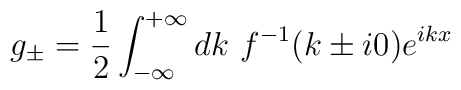
g_{\pm}=\frac{1}{2}\int_{-\infty}^{+\infty} dk~ f^{-1}(k\pm i 0) e^{ikx}